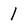
Character: 1